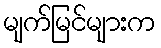
မျက်မြင်များက